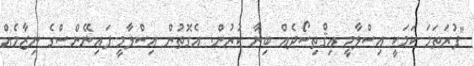
"ފުރަތަމަ ކަމަކީ އިސްލާމީ އިޤްތިސޯދެއް ބިނާ ކުރުން. އެގޮތުން އިސްލާމީ ފައިނޭންސްގެ ނިޒާމެއް